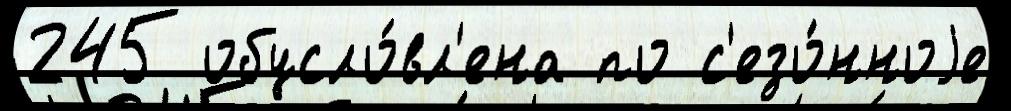
245 обусло́вл'ена по с'езо́нноjе